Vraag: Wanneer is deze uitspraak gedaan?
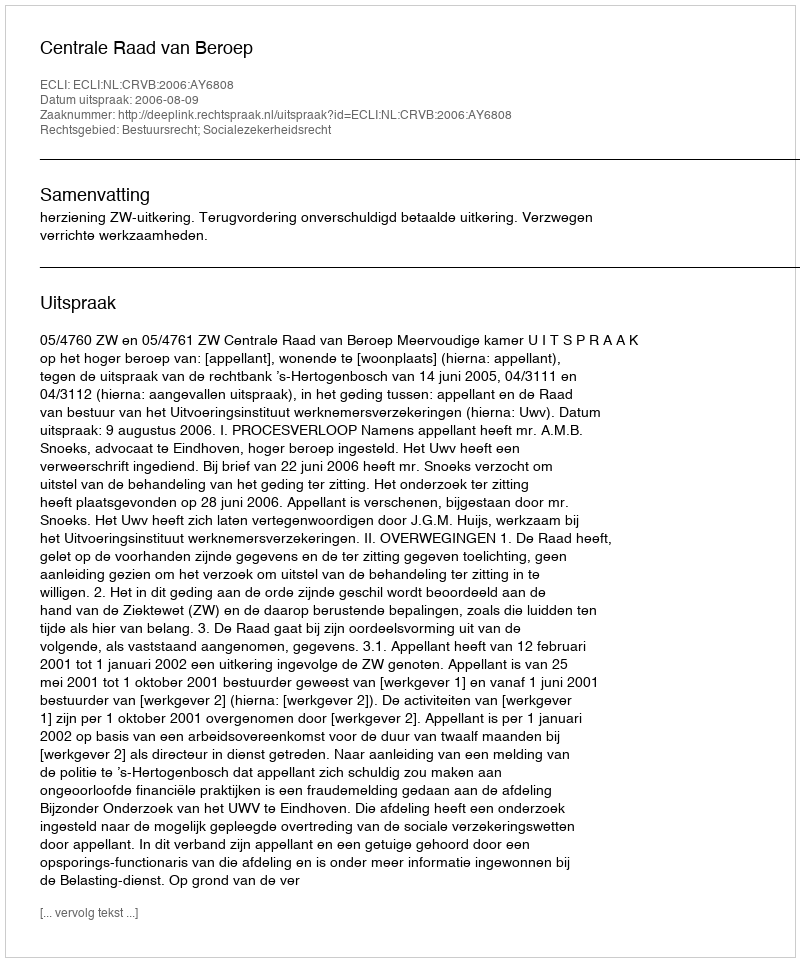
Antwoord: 2006-08-09